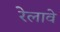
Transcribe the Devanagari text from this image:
रेलावे